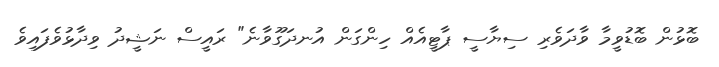
ބޮޅުން ބޮޑުވީމާ ވާދަވެރި ސިޔާސީ ޕާޓީއެއް ހިންގަން އުނދަގޫވާނެ" ރައީސް ނަޝީދު ވިދާޅުވެފައިވެ